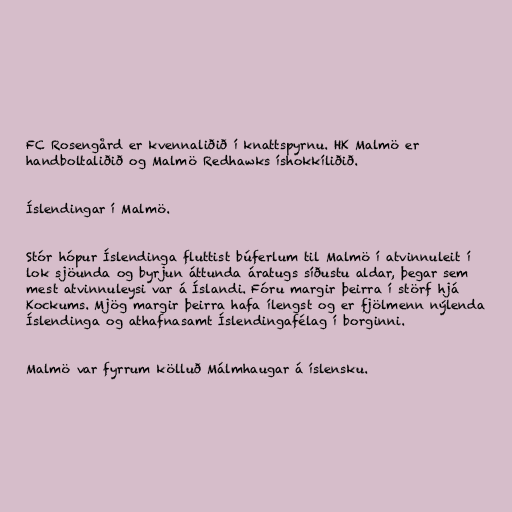
FC Rosengård er kvennaliðið í knattspyrnu. HK Malmö er
handboltaliðið og Malmö Redhawks íshokkíliðið.

Íslendingar í Malmö.

Stór hópur Íslendinga fluttist búferlum til Malmö í atvinnuleit í
lok sjöunda og byrjun áttunda áratugs síðustu aldar, þegar sem
mest atvinnuleysi var á Íslandi. Fóru margir þeirra í störf hjá
Kockums. Mjög margir þeirra hafa ílengst og er fjölmenn nýlenda
Íslendinga og athafnasamt Íslendingafélag í borginni.

Malmö var fyrrum kölluð Málmhaugar á íslensku.